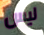
ليس